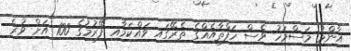
އާންމު މަސްމަހު ވެސް ހަފްތާއެއްގެ ތެރޭގައި ވައްކަމާއި ފޭރުމުގެ 100 އަށް ވުރެ